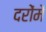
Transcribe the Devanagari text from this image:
दरोंमें